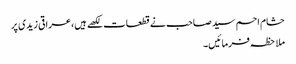
حشام احم سید صاحب نے قطعات لکھے ہیں،عراقی زیدی پر
ملاحظہ فرمائیں۔